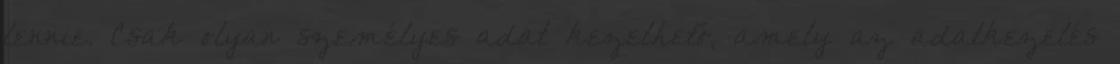
lennie. Csak olyan személyes adat kezelhető, amely az adatkezelés